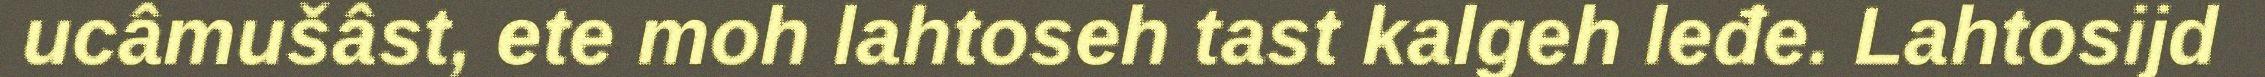
ucâmušâst, ete moh lahtoseh tast kalgeh leđe. Lahtosijd